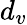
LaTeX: d_{v}